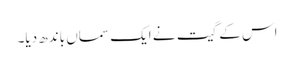
اس کے گیت نے ایک سماں باندھ دیا۔